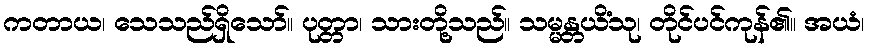
ကတာယ၊ သေသည်ရှိသော်။ ပုတ္တာ၊ သားတို့သည်။ သမ္မန္တယိံသု၊ တိုင်ပင်ကုန်၏။ အယံ၊